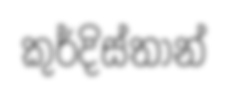
කුර්දිස්තාන්